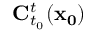
\mathbf { C } _ { t _ { 0 } } ^ { t } ( \mathbf { x _ { 0 } } )